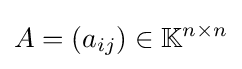
A=(a_{ij})\in \mathbb {K} ^{n\times n}